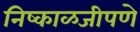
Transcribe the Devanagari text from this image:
निष्काळजीपणे